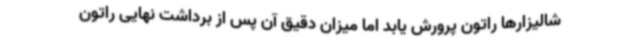
شالیزارها راتون پرورش یابد اما میزان دقیق آن پس از برداشت نهایی راتون